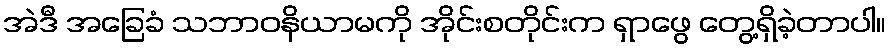
အဲဒီ အခြေခံ သဘာဝနိယာမကို အိုင်းစတိုင်းက ရှာဖွေ တွေ့ရှိခဲ့တာပါ။